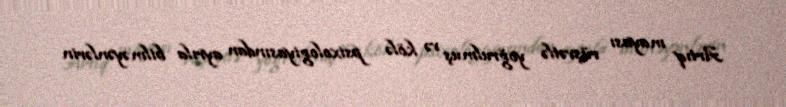
Artıq mayası rüşvətlə yoğrulmuş və kölə psixologiyasından ayrıla bilməyənlərin